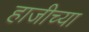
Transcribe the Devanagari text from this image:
हाजीच्या